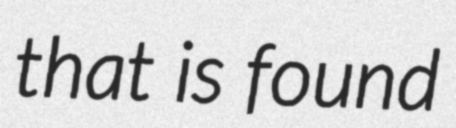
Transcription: that is found